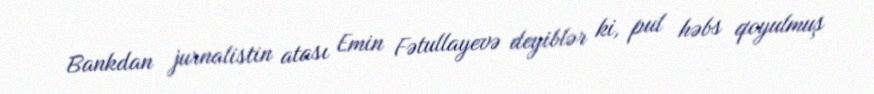
Bankdan jurnalistin atası Emin Fətullayevə deyiblər ki, pul həbs qoyulmuş